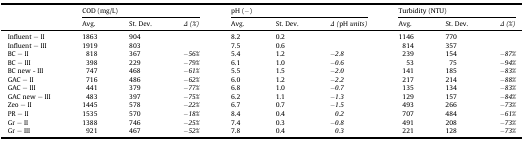
<table><thead><tr><td rowspan="2"></td><td colspan="3"><b>COD (mg/L)</b></td><td colspan="3"><b>pH (−)</b></td><td colspan="3"><b>Turbidity (NTU)</b></td></tr><tr><td><b>Avg.</b></td><td><b>St. Dev.</b></td><td><b><i>Δ (%)</i></b></td><td><b>Avg.</b></td><td><b>St. Dev.</b></td><td><b><i>Δ (</i>pH <i>units)</i></b></td><td><b>Avg.</b></td><td><b>St. Dev.</b></td><td><b><i>Δ (%)</i></b></td></tr></thead><tbody><tr><td>Influent – II</td><td>1863</td><td>904</td><td></td><td>8.2</td><td>0.2</td><td></td><td>1146</td><td>770</td><td></td></tr><tr><td>Influent – III</td><td>1919</td><td>803</td><td></td><td>7.5</td><td>0.6</td><td></td><td>814</td><td>357</td><td></td></tr><tr><td>BC – II</td><td>818</td><td>367</td><td>−<i>56%</i></td><td>5.4</td><td>1.2</td><td>−<i>2.8</i></td><td>239</td><td>154</td><td>−<i>87%</i></td></tr><tr><td>BC – III</td><td>398</td><td>229</td><td>−<i>79%</i></td><td>6.1</td><td>1.0</td><td>−<i>0.6</i></td><td>53</td><td>75</td><td>−<i>94%</i></td></tr><tr><td>BC new - III</td><td>747</td><td>468</td><td>−<i>61%</i></td><td>5.5</td><td>1.5</td><td>−<i>2.0</i></td><td>141</td><td>185</td><td>−<i>83%</i></td></tr><tr><td>GAC – II</td><td>716</td><td>486</td><td>−<i>62%</i></td><td>6.0</td><td>1.2</td><td>−<i>2.2</i></td><td>217</td><td>214</td><td>−<i>88%</i></td></tr><tr><td>GAC – III</td><td>441</td><td>379</td><td>−<i>77%</i></td><td>6.8</td><td>1.0</td><td>−<i>0.7</i></td><td>135</td><td>134</td><td>−<i>83%</i></td></tr><tr><td>GAC new – III</td><td>483</td><td>397</td><td>−<i>75%</i></td><td>6.2</td><td>1.1</td><td>−<i>1.3</i></td><td>129</td><td>157</td><td>−<i>84%</i></td></tr><tr><td>Zeo – II</td><td>1445</td><td>578</td><td>−<i>22%</i></td><td>6.7</td><td>0.7</td><td>−<i>1.5</i></td><td>493</td><td>266</td><td>−<i>73%</i></td></tr><tr><td>PR – II</td><td>1535</td><td>570</td><td>−<i>18%</i></td><td>8.4</td><td>0.4</td><td><i>0.2</i></td><td>707</td><td>484</td><td>−<i>61%</i></td></tr><tr><td>Gr – II</td><td>1388</td><td>746</td><td>−<i>25%</i></td><td>7.4</td><td>0.3</td><td>−<i>0.8</i></td><td>491</td><td>208</td><td>−<i>73%</i></td></tr><tr><td>Gr – III</td><td>921</td><td>467</td><td>−<i>52%</i></td><td>7.8</td><td>0.4</td><td><i>0.3</i></td><td>221</td><td>128</td><td>−<i>73%</i></td></tr></tbody></table>